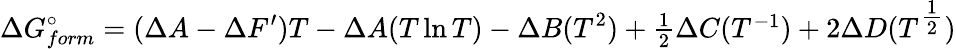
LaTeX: \Delta G_{form}^{\circ}=(\Delta A-\Delta F^{\prime})T-\Delta A(T\ln T)-\Delta B(T^{2})+\textstyle{\frac{1}{2}}\Delta C(T^{-1})+2\Delta D(T^{\textstyle{\frac{1}{2}}})